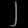
Digit: ၂